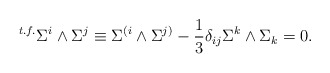
\begin{align*}{}^{t.f.} \Sigma^i \wedge \Sigma^j \equiv \Sigma^{(i} \wedge \Sigma^{j)} - {1 \over 3} \delta_{ij} \Sigma^k \wedge \Sigma_k = 0.\end{align*}